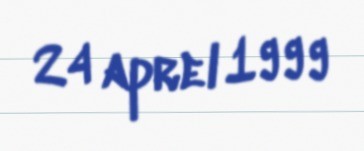
24 aprel 1999